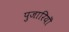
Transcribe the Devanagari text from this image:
पुजारियॊ